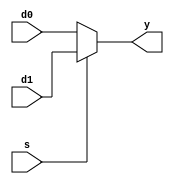
`timescale 1ps / 1ps
//////////////////////////////////////////////////////////////////////////////////
// Company: 
// Engineer: 
// 
// Design Name: 
// Module Name: mux2
// Project Name: 
// Target Devices: 
// Tool Versions: 
// Description: 
// 
// Dependencies: 
// 
// Revision:
// Revision 0.01 - File Created
// Additional Comments:
// 
//////////////////////////////////////////////////////////////////////////////////

module mux2 #(parameter WIDTH = 32)
 (input wire [WIDTH-1:0] d0, d1,
 input wire s,
 output wire [WIDTH-1:0] y);
 assign  y = s ? d1 : d0;
endmodule